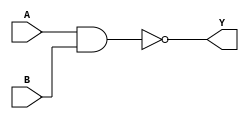
`timescale 1ns / 1ps
//////////////////////////////////////////////////////////////////////////////////
// Company: 
// Engineer: 
// 
// Design Name: 
// Module Name: NANDGATE
// Project Name: 
// Target Devices: 
// Tool Versions: 
// Description: 
// 
// Dependencies: 
// 
// Revision:
// Revision 0.01 - File Created
// Additional Comments:
// 
//////////////////////////////////////////////////////////////////////////////////


module NANDGATE(A,B,Y);
input A,B;
output Y;
assign Y = ~(A & B);
endmodule